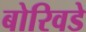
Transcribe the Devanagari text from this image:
बोरिवडे